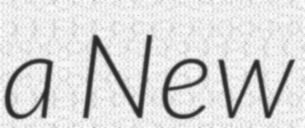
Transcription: a New